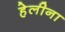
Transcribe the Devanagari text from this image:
हेलीना